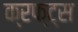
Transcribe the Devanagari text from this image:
क्रफ्ट्स